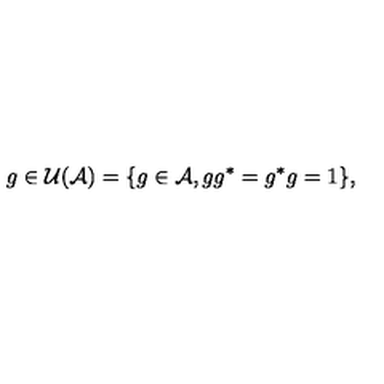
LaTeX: g \in { \cal U } ( { \cal A } ) = \{ g \in { \cal A } , g g ^ { * } = g ^ { * } g = 1 \} ,